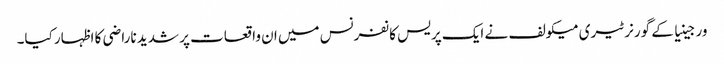
ورجینیا کے گورنر ٹیری میکولف نے ایک پریس کانفرنس میں ان واقعات پر شدید ناراضی کا اظہار کیا۔